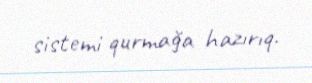
sistemi qurmağa hazırıq.